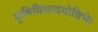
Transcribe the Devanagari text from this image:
कृषिविद्यादयोश्विभे।